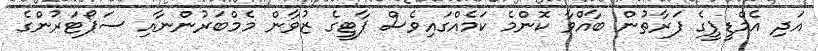
އަދި އެމްޑީޕީގެ ފަރާތުން ބާއްވާ ކޮންމެ ކަމެއްގައިވެސް ޕާޓީގެ ޒުވާން މެމްބަރުންނާއި ސަޕޯޓަރުންގެ